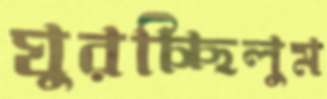
ঘুরচ্ছিলুম